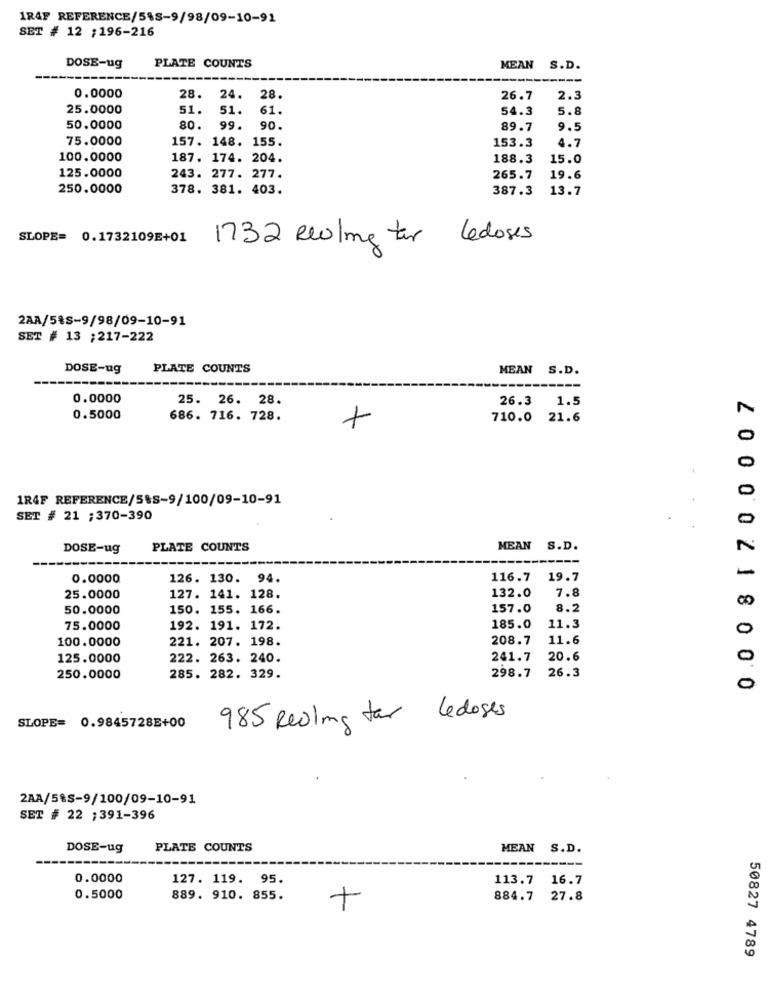
1RAF REFERENCE/5%S-9/98/09-10-91
SET # 12 ;196-216
DOSE-ug
PLATE COUNTS
MEAN S.D.
---
0.0000
28.
24.
28.
26.7
2.3
25.0000
51.
51.
61.
54.3
5.8
50.0000
80.
99.
90.
89.7
9.5
75.0000
157. 148. 155.
153.3
4.7
100.0000
187. 174. 204.
188.3
15.0
125.0000
243. 277. 277.
265.7
19.6
250.0000
378. 381. 403.
387.3
13.7
SLOPE= 0.1732109E+01
1732 Relme tor Ledoses
2AA/5%S-9/98/09-10-91
SET # 13 ;217-222
DOSE-ug
PLATE COUNTS
MEAN S.D.
0.0000
25. 26. 28.
26.3
1.5
0.5000
686. 716. 728.
710.0 21.6
0
1R4F REFERENCE/5&S-9/100/09-10-91
SET # 21 ;370-390
0
DOSE-ug
PLATE COUNTS
MEAN S.D.
0.0000
126. 130. 94.
116.7 19.7
7.8
25.0000
127. 141. 128.
132.0
50.0000
150. 155. 166.
157.0
8.2
75.0000
192. 191. 172.
185.0
11.3
0
100.0000
221. 207. 198.
208.7
11.6
125.0000
222. 263. 240.
241.7
20.6
298.7
26.3
250.0000
285. 282. 329.
0
2 00 00 2 18000
985 Reiling far
Ledoses
SLOPE= 0.9845728E+00
2AA/5%S-9/100/09-10-91
SET # 22 ;391-396
DOSE-ug
PLATE COUNTS
MEAN S.D.
0.0000
127. 119. 95.
113.7
16.7
0.5000
889. 910. 855.
884.7
27.8
+
50827 4789